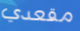
مقعدي